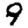
Digit: 9